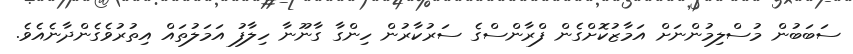
ސަބަބުން މުސްލިމުންނަށް އަމާޒުކޮށްގެން ފްރާންސްގެ ސަރުކާރުން ހިންގާ ގާނޫނާ ހިލާފު އަމަލުތައް އިތުރުވެގެންދާނެއެވެ.